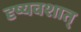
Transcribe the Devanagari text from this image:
दृष्यवशात्